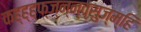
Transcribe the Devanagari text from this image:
कह्ह्ह्फ्ज्न्न्व्सुज्म्हि